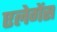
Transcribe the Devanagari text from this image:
एलेगेंस